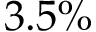
3 . 5 \%